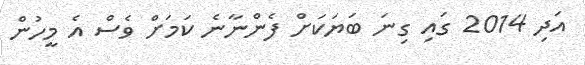
އަދި 2014 ގައި ގިނަ ބަޔަކަށް ފެންނާނެ ކަމަށް ވެސް އެ މީހުން